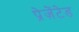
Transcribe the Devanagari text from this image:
प्रेज़ेंटेड